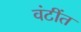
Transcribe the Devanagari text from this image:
वंटींत